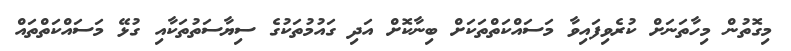
މިގޮތުން މިހާތަނަށް ކުރެވިފައިވާ މަސައްކަތްތަކަށް ބިނާކޮށް އަދި ގައުމުތަކުގެ ސިޔާސަތުތަކާއި ގުޅޭ މަސައްކަތްތައް